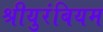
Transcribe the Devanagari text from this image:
श्रीयुरंबियम